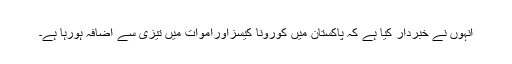
انہوں نے خبردار کیا ہے کہ پاکستان میں کورونا کیسزاوراموات میں تیزی سے اضافہ ہورہا ہے۔